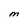
Character: M